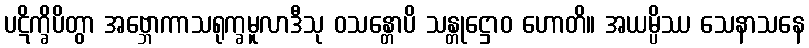
ပဋိက္ခိပိတွာ အဗ္ဘောကာသရုက္ခမူလာဒီသု ဝသန္တောပိ သန္တုဋ္ဌောဝ ဟောတိ။ အယမ္ပိဿ သေနာသနေ